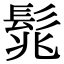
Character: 𩬱